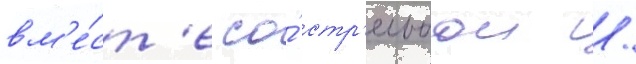
вм'е́ст'е со́ стр'ельбои /